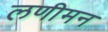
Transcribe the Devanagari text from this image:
लणीमन